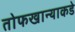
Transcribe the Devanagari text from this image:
तोफखान्याकडे